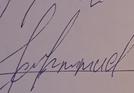
Signature authenticity: forged